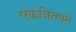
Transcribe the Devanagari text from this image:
एकत्रितपने